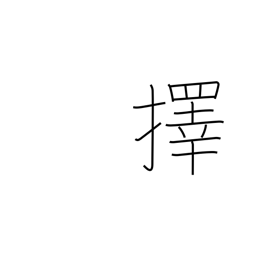
Meaning: choose